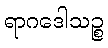
ရာဂဒေါသဉ္စ